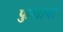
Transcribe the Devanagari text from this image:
फुलानां